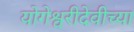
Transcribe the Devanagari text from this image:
योगेश्वरीदेवीच्या